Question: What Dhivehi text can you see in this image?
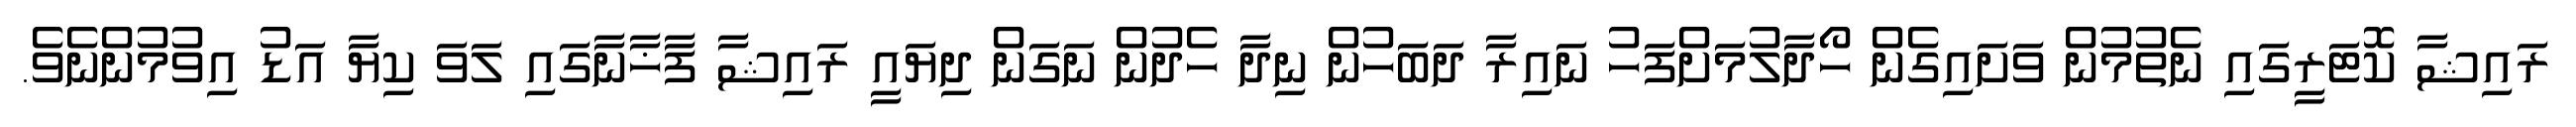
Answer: ރައިޝާ ކޮޓަރީގައި ނެތުމުން ވަށައިގެން ހޯދާލުމަށްފަހު ނައިރާ ދަބަހުން ނިދާ ހެދުން ނަގަން ދިޔައީ ރައިޝާ ފާޚާނާގައި ލަވަ ކިޔާ އަޑު އިވުމުންނެވެ.